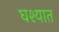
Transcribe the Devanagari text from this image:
घश्यात